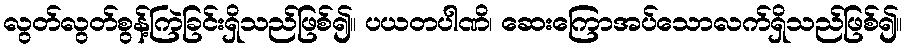
လွတ်လွတ်စွန့်ကြဲခြင်းရှိသည်ဖြစ်၍။ ပယတပါဏိ၊ ဆေးကြောအပ်သောလက်ရှိသည်ဖြစ်၍။